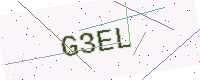
Text: G3EL